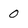
Character: 0